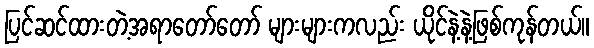
ပြင်ဆင်ထားတဲ့အရာတော်တော် များများကလည်း ယိုင်နဲ့နဲ့ဖြစ်ကုန်တယ်။